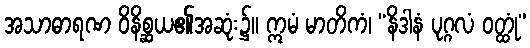
အသာဓာရဏ ဝိနိစ္ဆယ၏အဆုံး၌။ ဣမံ မာတိကံ၊ “နိဒါနံ ပုဂ္ဂလံ ဝတ္ထုံ”